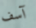
آسف